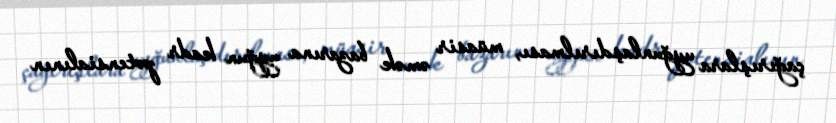
çağırışlara uyğunlaşdırılması, müasir əmək bazarına uyğun kadr potensialının